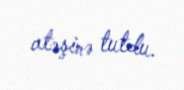
atəşinə tutdu.